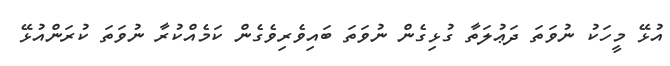
އުޅޭ މީހަކު ނުވަތަ ދަޢުލަތާ ގުޅިގެން ނުވަތަ ބައިވެރިވެގެން ކަމެއްކުރާ ނުވަތަ ކުރަންއުޅޭ